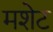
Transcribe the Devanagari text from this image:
मशेट